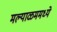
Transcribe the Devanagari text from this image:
मल्याळममध्ये